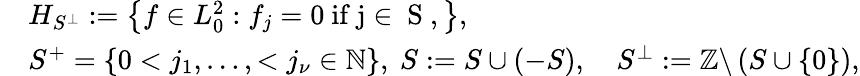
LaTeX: \begin{array}{rl}&{H_{S^{\perp}}:=\left\{ f\in L_{0}^{2}:f_{j}=0\mathrm{~if~j\in~S~},\right\} ,}\\ &{S^{+}=\left\{ 0<j_{1},\ldots,<j_{\nu}\in\mathbb{N}\right\} ,\ S:=S\cup(-S),\quad S^{\perp}:=\mathbb{Z}\backslash\left(S\cup\left\{ 0\right\} \right),}\end{array}